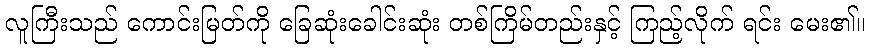
လူကြီးသည် ကောင်းမြတ်ကို ခြေဆုံးခေါင်းဆုံး တစ်ကြိမ်တည်းနှင့် ကြည့်လိုက် ရင်း မေး၏။